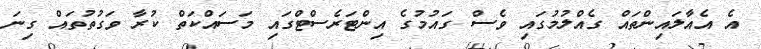
އެ އެއާލައިންތައް ގެއްލުމުގައި ވެސް ގައުމުގެ އިންޓަރެސްޓްގައި މަސައްކަތް ކުރާ ވަގުތުތައް ގިނަ